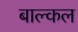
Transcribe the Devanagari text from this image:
बाल्कल